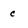
Character: c